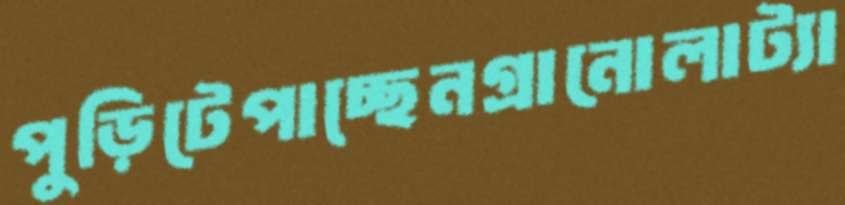
পুড়িটেপাচ্ছেনগ্রানোলাট্যা